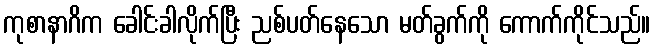
ကုစာနာဂိက ခေါင်းခါလိုက်ပြီး ညစ်ပတ်နေသော မတ်ခွက်ကို ကောက်ကိုင်သည်။